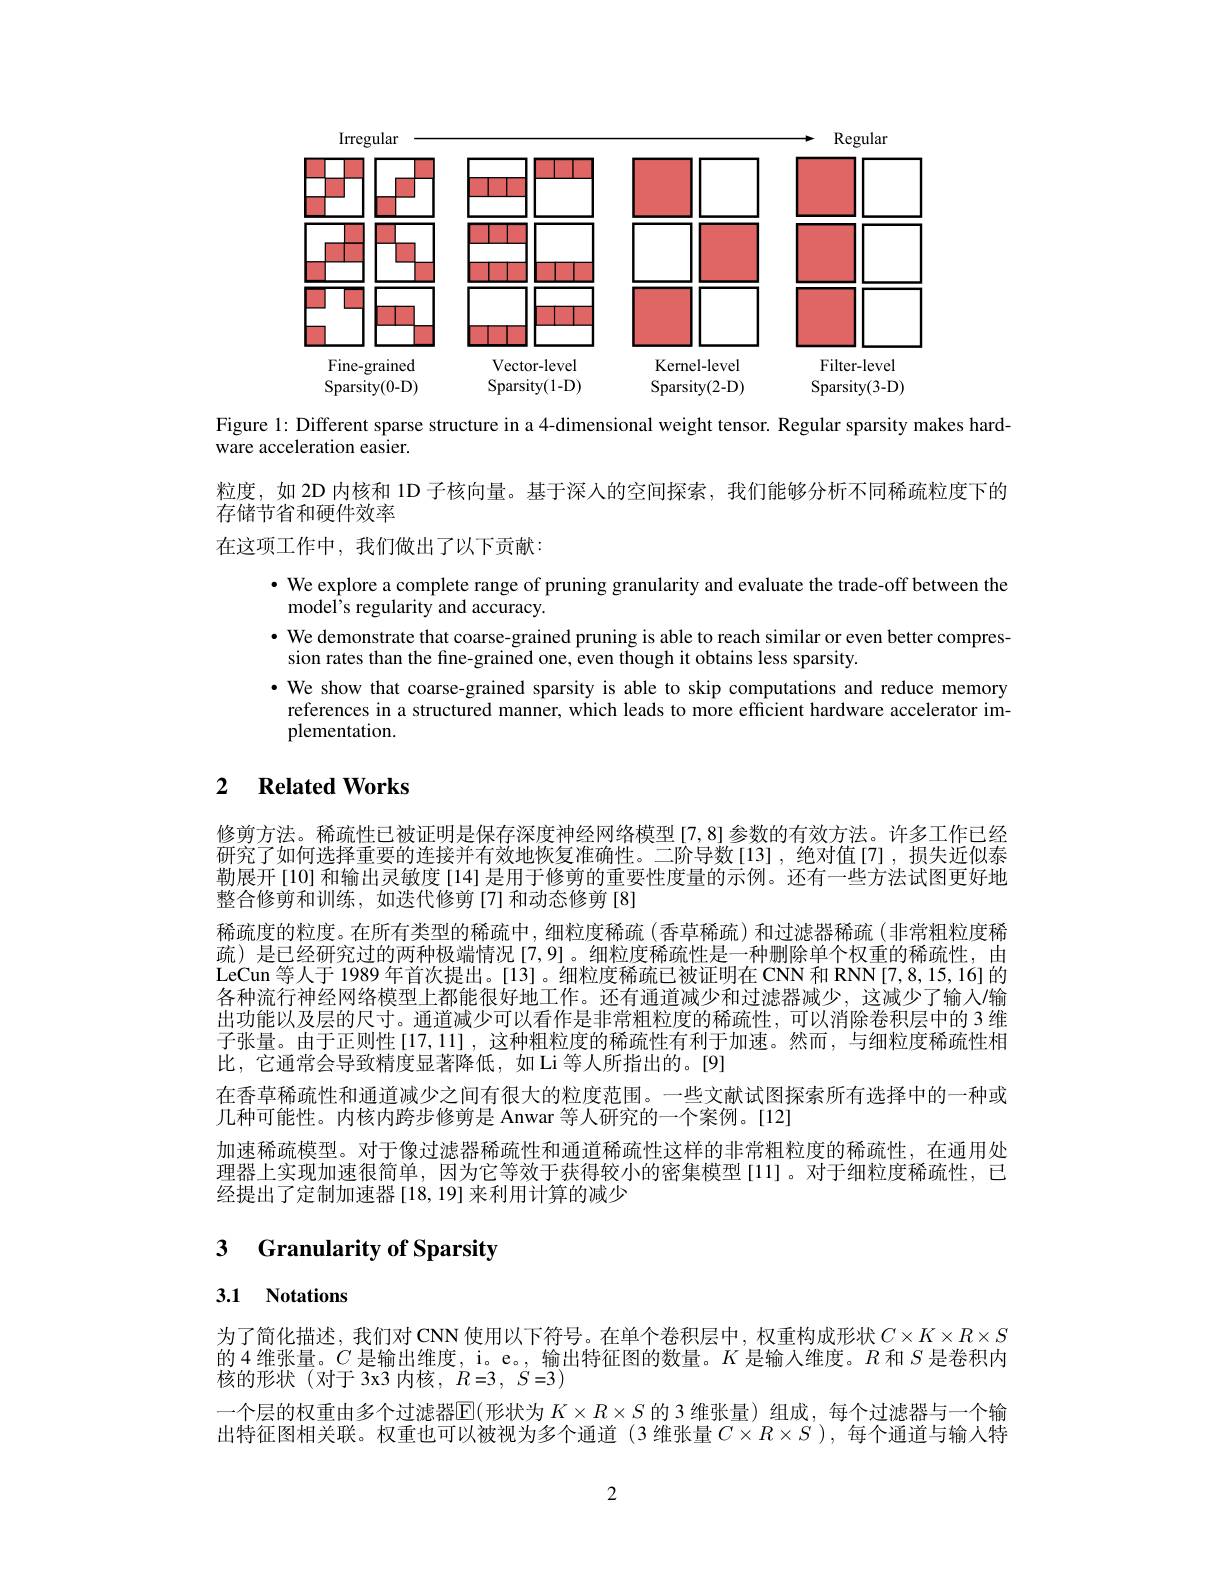
<FigureHere>

Figure 1: Different sparse structure in a 4-dimensional weight tensor. Regular sparsity makes hard-

ware acceleration easier.

粒度，如 2D 内核和 1D 子核向量。基于深人的空间探索，我们能够分析不同稀疏粒度下的
存储节省和硬件效率
在这项工作中，我们做出了以下贡献：

· We explore a complete range of pruning granularity and evaluate the trade-off between the
model's regularity and accuracy
· We demonstrate that coarse-grained pruning is able to reach similar or even better compres-
sion rates than the fine-grained one, even though it obtains less sparsity
·We show that coarse-grained sparsity is able to skip computations and reduce memory
references in a structured manner, which leads to more efficient hardware accelerator im-
plementation.

## 2 $\textbf{Related Works}$

修剪方法。稀疏性已被证明是保存深度神经网络模型[7,8]参数的有效方法。许多工作已经岍究了如何选择重要的连接并有效地恢复准确性。二阶导数[13],绝对值[7],损失近似泰勒展开[10] 和输出灵敏度[14] 是用于修剪的重要性度量的示例。还有一些方法试图更好地整合修剪和训练，如迭代修剪[7]和动态修剪[8]
稀疏度的粒度。在所有类型的稀疏中，细粒度稀疏(香草稀疏)和过滤器稀疏(非常粗粒度稀疏)是已经研究过的两种极端情况[7,9]。细粒度稀疏性是一种删除单个权重的稀疏性，由LeCun 等人于 1989 年首次提出。[13]。细粒度稀疏已被证明在 CNN 和 RNN[7,8,15,16] 的各种流行神经网络模型上都能很好地工作。还有通道减少和过滤器减少，这减少了输人/输出功能以及层的尺寸。通道减少可以看作是非常粗粒度的稀疏性，可以消除卷积层中的 3 维子张量。由于正则性[17,11],这种粗粒度的稀疏性有利于加速。然而，与细粒度稀疏性相比，它通常会导致精度显著降低，如Li等人所指出的。[9]
在香草稀疏性和通道减少之间有很大的粒度范围。一些文献试图探索所有选择中的一种或
几种可能性。内核内跨步修剪是 Anwar 等人研究的一个案例。[12]
加速稀疏模型。对于像过滤器稀疏性和通道稀疏性这样的非常粗粒度的稀疏性，在通用处理器上实现加速很简单，因为它等效于获得较小的密集模型[11]。对于细粒度稀疏性，已经提出了定制加速器[18,19]来利用计算的减少

# 3 Granularity of Sparsity

# 3.1 Notations

为了简化描述，我们对 CNN 使用以下符号。在单个卷积层中，权重构成形状$C\times K\times R\times S$ 的 4 维张量。$C$是输出维度，i。e。, 输出特征图的数量。$K$是输入维度。$R$和$S$是卷积内核的形状(对于 3x3 内核，$R=3,~S=3)$
一个层的权重由多个过滤器$\mathbb{E}($形状为 $K\times R\times S$ 的 3 维张量) 组成，每个过滤器与一个输出特征图相关联。权重也可以被视为多个通道(3 维张量$C\times R\times S$ ),每个通道与输人特

2